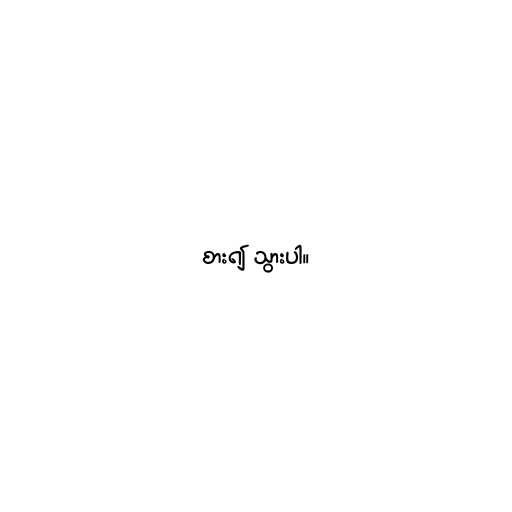
စား၍ သွားပါ။